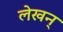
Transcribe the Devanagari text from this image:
लेखन्